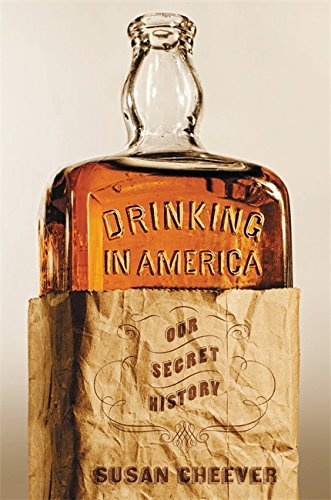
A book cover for Drinking in America: Our Secret History; Susan Cheever; Cookbooks, Food & Wine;